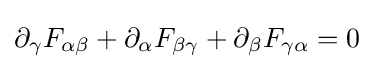
\partial _{\gamma }F_{\alpha \beta }+\partial _{\alpha }F_{\beta \gamma }+\partial _{\beta }F_{\gamma \alpha }=0